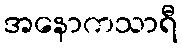
အနောကသာရီ